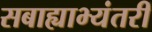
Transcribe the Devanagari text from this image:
सबाह्याभ्यंतरीं